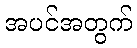
အပင်အတွက်